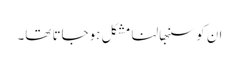
ان کو سنبھالنا مشکل ہوجاتا تھا۔